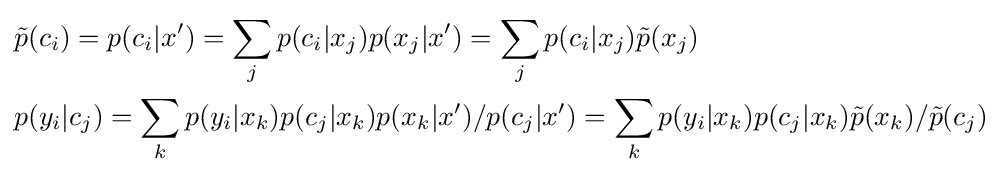
{\begin{aligned}&{\tilde {p}}(c_{i})=p(c_{i}|x')=\sum _{j}p(c_{i}|x_{j})p(x_{j}|x')=\sum _{j}p(c_{i}|x_{j}){\tilde {p}}(x_{j})\\&p(y_{i}|c_{j})=\sum _{k}p(y_{i}|x_{k})p(c_{j}|x_{k})p(x_{k}|x')/p(c_{j}|x')=\sum _{k}p(y_{i}|x_{k})p(c_{j}|x_{k}){\tilde {p}}(x_{k})/{\tilde {p}}(c_{j})\\\end{aligned}}